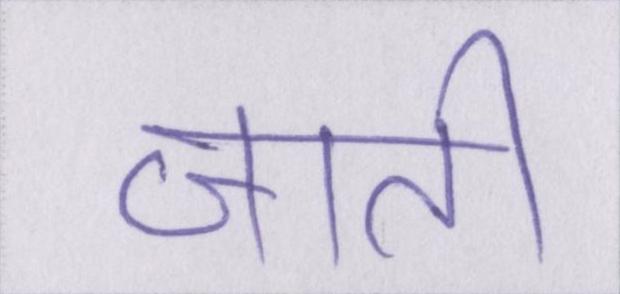
जाती